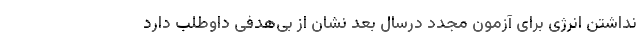
نداشتن انرژی برای آزمون مجدد درسال بعد نشان از بی‌هدفی داوطلب دارد